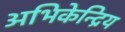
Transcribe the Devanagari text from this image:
अभिकेन्द्रिय